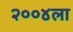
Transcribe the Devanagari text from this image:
२००४ला